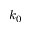
k _ { 0 }